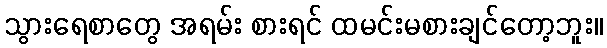
သွားရေစာတွေ အရမ်း စားရင် ထမင်းမစားချင်တော့ဘူး။